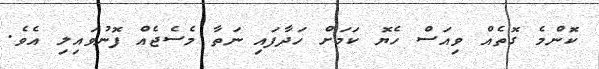
ކޮންމެ ގޮތެއް ވިއަސް ހެޔޮ ކަމަށް ހަދާފައި ނަތާ މެސެޖެއް ފޮނުވައިލި އެވެ.